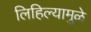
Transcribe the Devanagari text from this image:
लिहिल्यामुळे